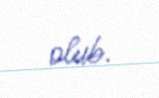
olub.